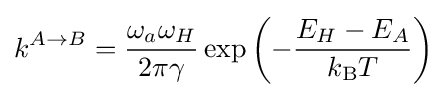
k^{A\rightarrow B}={\frac {\omega _{a}\omega _{H}}{2\pi \gamma }}\exp \left(-{\frac {E_{H}-E_{A}}{k_{\text{B}}T}}\right)